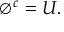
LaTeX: \varnothing ^ { c } = U .